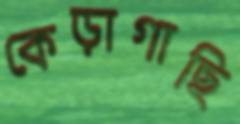
কেড়াগাছি